Civil Veterinary Department Bihar & Orissa reports 1929-36 - 1929-1936
Year: 1929
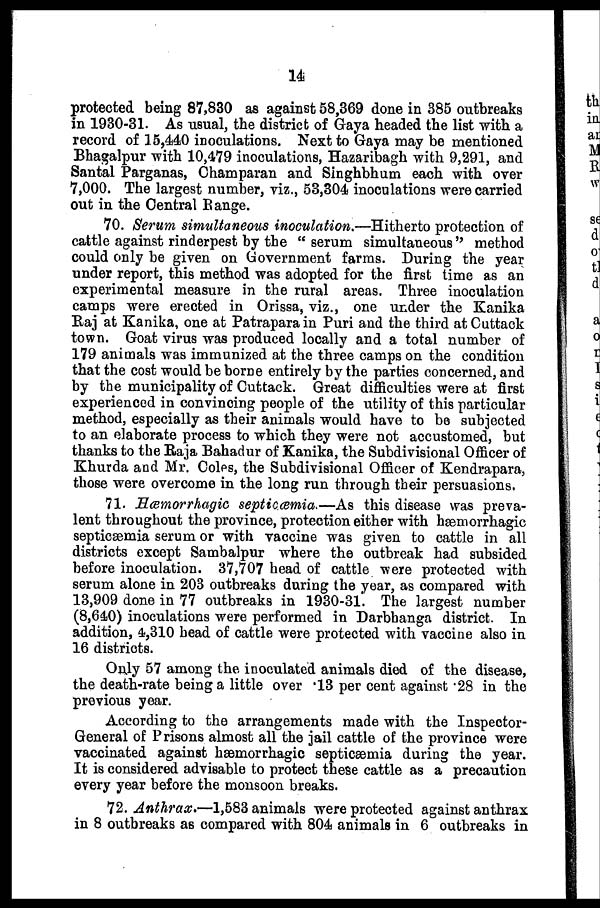
14
protected being 87,830 as against 58,369 done in 385 outbreaks
in 1930-31. As usual, the district of Gaya headed the list with a
record of 15,440 inoculations. Next to Gaya may be mentioned
Bhagalpur with 10,479 inoculations, Hazaribagh with 9,291, and
Santal Parganas, Champaran and Singhbhum each with over
7,000. The largest number, viz., 53,304 inoculations were carried
out in the Central Range.
70. Serum simultaneous inoculation.—Hitherto protection of
cattle against rinderpest by the " serum simultaneous" method
could only be given on Government farms. During the year
under report, this method was adopted for the first time as an
experimental measure in the rural areas. Three inoculation
camps were erected in Orissa, viz., one under the Kanika
Raj at Kanika, one at Patrapara in Puri and the third at Cuttack
town. Goat virus was produced locally and a total number of
179 animals was immunized at the three camps on the condition
that the cost would be borne entirely by the parties concerned, and
by the municipality of Cuttack. Great difficulties were at first
experienced in convincing people of the utility of this particular
method, especially as their animals would have to be subjected
to an elaborate process to which they were not accustomed, but
thanks to the Raja Bahadur of Kanika, the Subdivisional Officer of
Khurda and Mr. Coles, the Subdivisional Officer of Kendrapara,
those were overcome in the long run through their persuasions.
71. Hæmorrhagic septicæmia.—As this disease was preva-
lent throughout the province, protection either with hæmorrhagic
septicæmia serum or with vaccine was given to cattle in all
districts except Sambalpur where the outbreak had subsided
before inoculation. 37,707 head of cattle were protected with
serum alone in 203 outbreaks during the year, as compared with
13,909 done in 77 outbreaks in 1930-31. The largest number
(8,640) inoculations were performed in Darbhanga district. In
addition, 4,310 head of cattle were protected with vaccine also in
16 districts.
Only 57 among the inoculated animals died of the disease,
the death-rate being a little over 13 per cent against 28 in the
previous year.
According to the arrangements made with the Inspector-
General of Prisons almost all the jail cattle of the province were
vaccinated against hæmorrhagic septicæmia during the year.
It is considered advisable to protect these cattle as a precaution
every year before the monsoon breaks.
72. Anthrax.—1,583 animals were protected against anthrax
in 8 outbreaks as compared with 804 animals in 6 outbreaks in